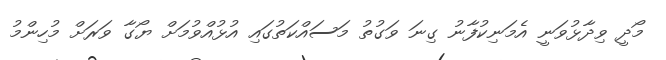
މޯދީ ވިދާޅުވަނީ އެމަނިކުފާނު ގިނަ ވަގުތު މަސައްކަތުގައި އުޅުއްވުމަށް ޔޯގާ ވަރަށް މުހިންމު